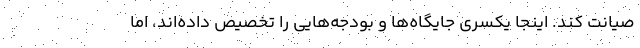
صیانت کند. اینجا یکسری جایگاه‌ها و بودجه‌هایی را تخصیص داده‌اند، اما